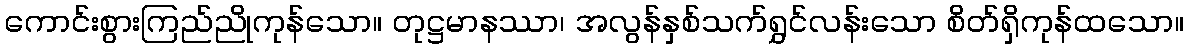
ကောင်းစွားကြည်ညိုကုန်သော။ တုဋ္ဌမာနဿာ၊ အလွန်နှစ်သက်ရွှင်လန်းသော စိတ်ရှိကုန်ထသော။